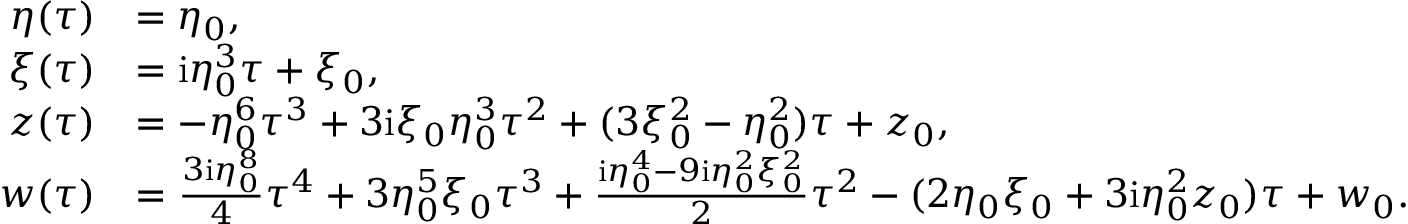
\begin{array} { r l } { { \eta } ( \tau ) } & { = \eta _ { 0 } , } \\ { { \xi } ( \tau ) } & { = \mathrm { i } \eta _ { 0 } ^ { 3 } \tau + \xi _ { 0 } , } \\ { { z } ( \tau ) } & { = - \eta _ { 0 } ^ { 6 } \tau ^ { 3 } + 3 \mathrm { i } \xi _ { 0 } \eta _ { 0 } ^ { 3 } \tau ^ { 2 } + ( 3 \xi _ { 0 } ^ { 2 } - \eta _ { 0 } ^ { 2 } ) \tau + z _ { 0 } , } \\ { { w } ( \tau ) } & { = \frac { 3 \mathrm { i } \eta _ { 0 } ^ { 8 } } { 4 } \tau ^ { 4 } + 3 \eta _ { 0 } ^ { 5 } \xi _ { 0 } \tau ^ { 3 } + \frac { \mathrm { i } \eta _ { 0 } ^ { 4 } - 9 \mathrm { i } \eta _ { 0 } ^ { 2 } \xi _ { 0 } ^ { 2 } } { 2 } \tau ^ { 2 } - ( 2 \eta _ { 0 } \xi _ { 0 } + 3 \mathrm { i } \eta _ { 0 } ^ { 2 } z _ { 0 } ) \tau + w _ { 0 } . } \end{array}